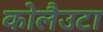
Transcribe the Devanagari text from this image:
कोलैउटा